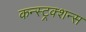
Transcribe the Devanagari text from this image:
कन्स्ट्रक्शन्स